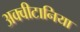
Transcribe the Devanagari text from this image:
अक्वीटानिया